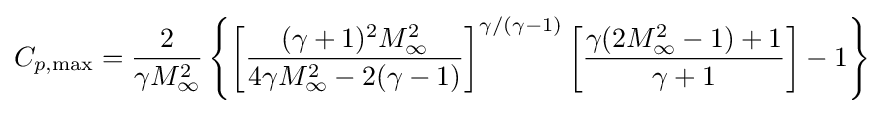
C_{p,\max }={\frac {2}{\gamma M_{\infty }^{2}}}\left\{\left[{\frac {(\gamma +1)^{2}M_{\infty }^{2}}{4\gamma M_{\infty }^{2}-2(\gamma -1)}}\right]^{\gamma /(\gamma -1)}\left[{\frac {\gamma (2M_{\infty }^{2}-1)+1}{\gamma +1}}\right]-1\right\}